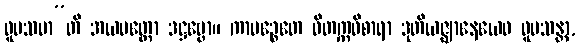
ဝူပသမာ”တိ အယမတ္ထော ဒဋ္ဌဗ္ဗော။ ကာမဉ္စေတေ ဝိတက္ကဝိစာရာ ဒုတိယဇ္ဈာနေယေဝ ဝူပသန္တာ,